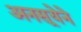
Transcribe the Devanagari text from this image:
अनसूयेने